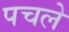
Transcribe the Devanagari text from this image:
पचले